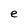
Character: e